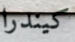
كيندرا